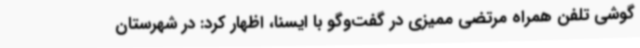
گوشی تلفن همراه مرتضی ممیزی در گفت‌وگو با ایسنا، اظهار کرد: در شهرستان